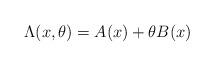
LaTeX: \begin{align*}\Lambda (x , \theta ) = A (x) + \theta B (x)\end{align*}